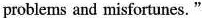
problems and misfortunes."